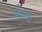
નિરાલા